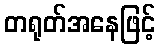
တရုတ်အနေဖြင့်